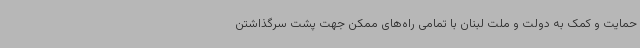
حمایت و کمک به دولت و ملت لبنان با تمامی راه‌های ممکن جهت پشت سرگذاشتن